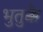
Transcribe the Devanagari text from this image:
भुतुक्कै